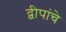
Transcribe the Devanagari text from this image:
द्वीपांचे